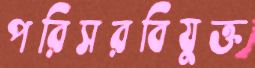
পরিসরবিযুক্ত